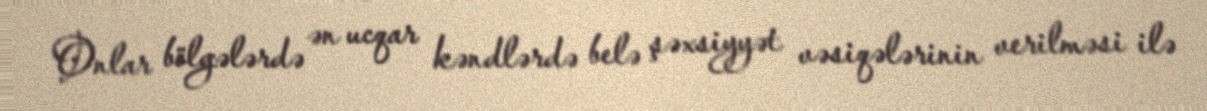
Onlar bölgələrdə ən ucqar kəndlərdə belə şəxsiyyət vəsiqələrinin verilməsi ilə